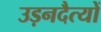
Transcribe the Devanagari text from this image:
उड़नदैत्यों